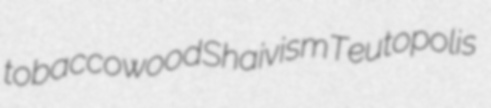
tobaccowood Shaivism Teutopolis